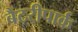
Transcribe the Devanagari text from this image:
बैटरीपार्क